Vaccination in Bombay 1874-1876 - 1874-1876
Year: 1874
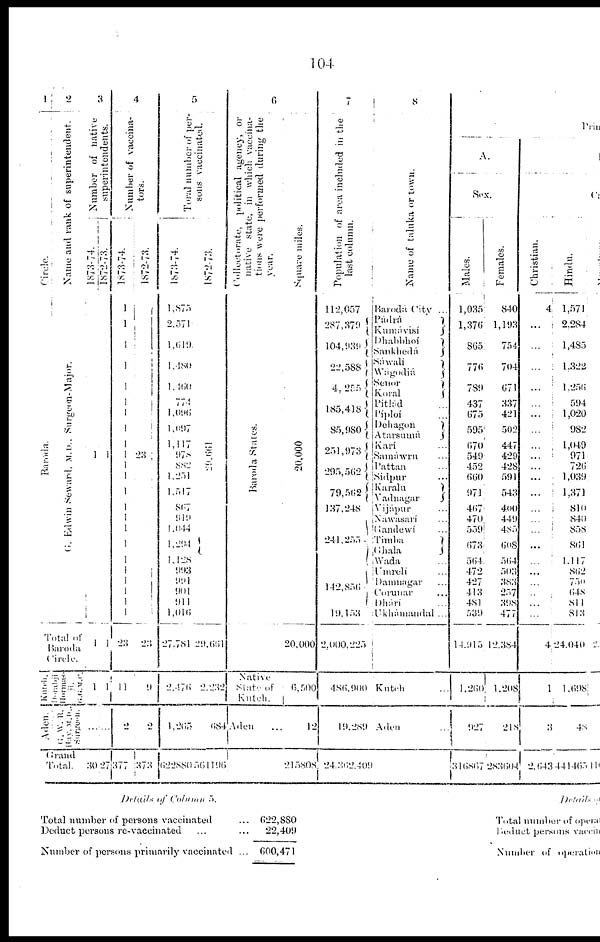
104
1
Circle.
Baroda.
2
Name and rank of superintendent.
G . Edwin Seward, M.D. Surgeon-Major.
Total of
Baroda
Circle.
Katch
Dorabji
Harmas-
ji
G.G.M.C
Aden.
G.W.R.
Hay. M.D.
surgeon.
Grand
Total.
3
Number of native
superintendents.
1873-74.
1
1
1
...
30
1872-73.
1
1
1
...
27
4
Number of vaccina-
tors.
1873-74.
1
1
1
1
1
1
1
1
1
1
1
1
1
1
1
1
1
1
1
1
1
1
1
23
11
2
377
1872-73.
23
23
9
2
373
5
Total number of per-
sons vaccinated.
1873-74.
1,875
2,571
1,619.
1,480
1,460
774
1,096
1,097
1,117
978
882
1,251
1,517
867
919
1,044
1,294
1,128
993
991
901
911
1,016
27,781
2,476
1,265
622880
1872-73.
29,661
29,661
2,232
684
361196
6
Collectorate, political agency, or
native state, in which vaccina-
tions were performed during the
year.
Baroda States.
Native
State of
Kutch.
Aden...
Square miles.
20,000
20,000
6,500
12
215808
7
Population of area included in the
last column.
112,057
287,3709
104,939
22,588
4, 255
185,418
85,980
251,973
295,562
79,562
137,248
241,255
142,856
19, 153
2,000,225
486,900
l9,289
24,362409
8
Name of taluka or town.
Barodá City ...
Pádra
Kumávisi
Dhabbhoi
Sankhedá
Sáwalí
Wágodiá
Seuor
Koral
Pitlád ...
Piploí ...
Dehagon
Atarsumá
Karí...
Samáwru ...
Pattan ...
Sidpur ...
Karalu
Vadnagar
Vijápur ...
Nawasari ...
Gandewí ...
Timba
Ghala
Wada ...
Umreli...
Danmagar ...
Corunar ...
Dhári ...
Ukhámandal ...
Kutch ...
Aden ...
Prim
A.
Sex.
Males.
1,035
1,376
865
776
789
437
675
595
670
549
452
660
971
467
470
559
673
564
472
427
413
481
539
14, 915
1,260
927
316867
Females.
840
1,193
754
704
671
337
421
502
447
429
428
591
543
400
449
485
608
564
503
383
257
398
477
12,384
1,208
218
283604
B
Cas
Christian.
4
...
...
...
...
...
...
...
...
...
...
...
...
...
... ...
...
...
...
...
...
...
...
4
1
3
2,643
Hindu.
1,571
2,284
1,485
1,322
1,256
594
1,020
982
1,049
971
726
1,039
1,371
810
840
858
861
1,117
862
750
648
811
813
24,040
1,698
48
441465
Details.of
Colamn
5.
Total number of persons vaccinated...
Deduct persons re-vaccinated ...
Number of persons primarily vaccinated ...
622,880
22,409
600,471
Details of
Total number of opera
Beduct persons vaccin
Number of operation